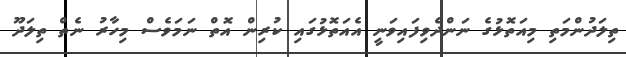
ތިލަދުންމަތި މިއަތޮޅުގެ ނަންދެވިފައިވަނީ އެއަތޮޅުގައި ކުރިން އޮތް ނަމަވެސް މިހާރު ނެތް ތިލަދޫ